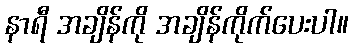
နာရီ အချိန်ကို အချိန်ကိုက်ပေးပါ။